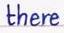
there